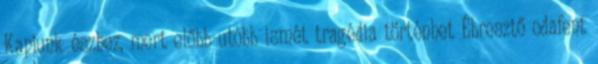
Kapjunk észhez, mert előbb-utóbb ismét tragédia történhet Ébresztő odafent